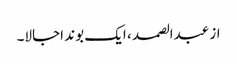
از عبدالصمد ، ایک بوند اجالا۔